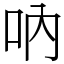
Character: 吶